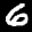
Label: 6